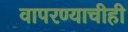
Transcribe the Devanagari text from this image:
वापरण्याचीही